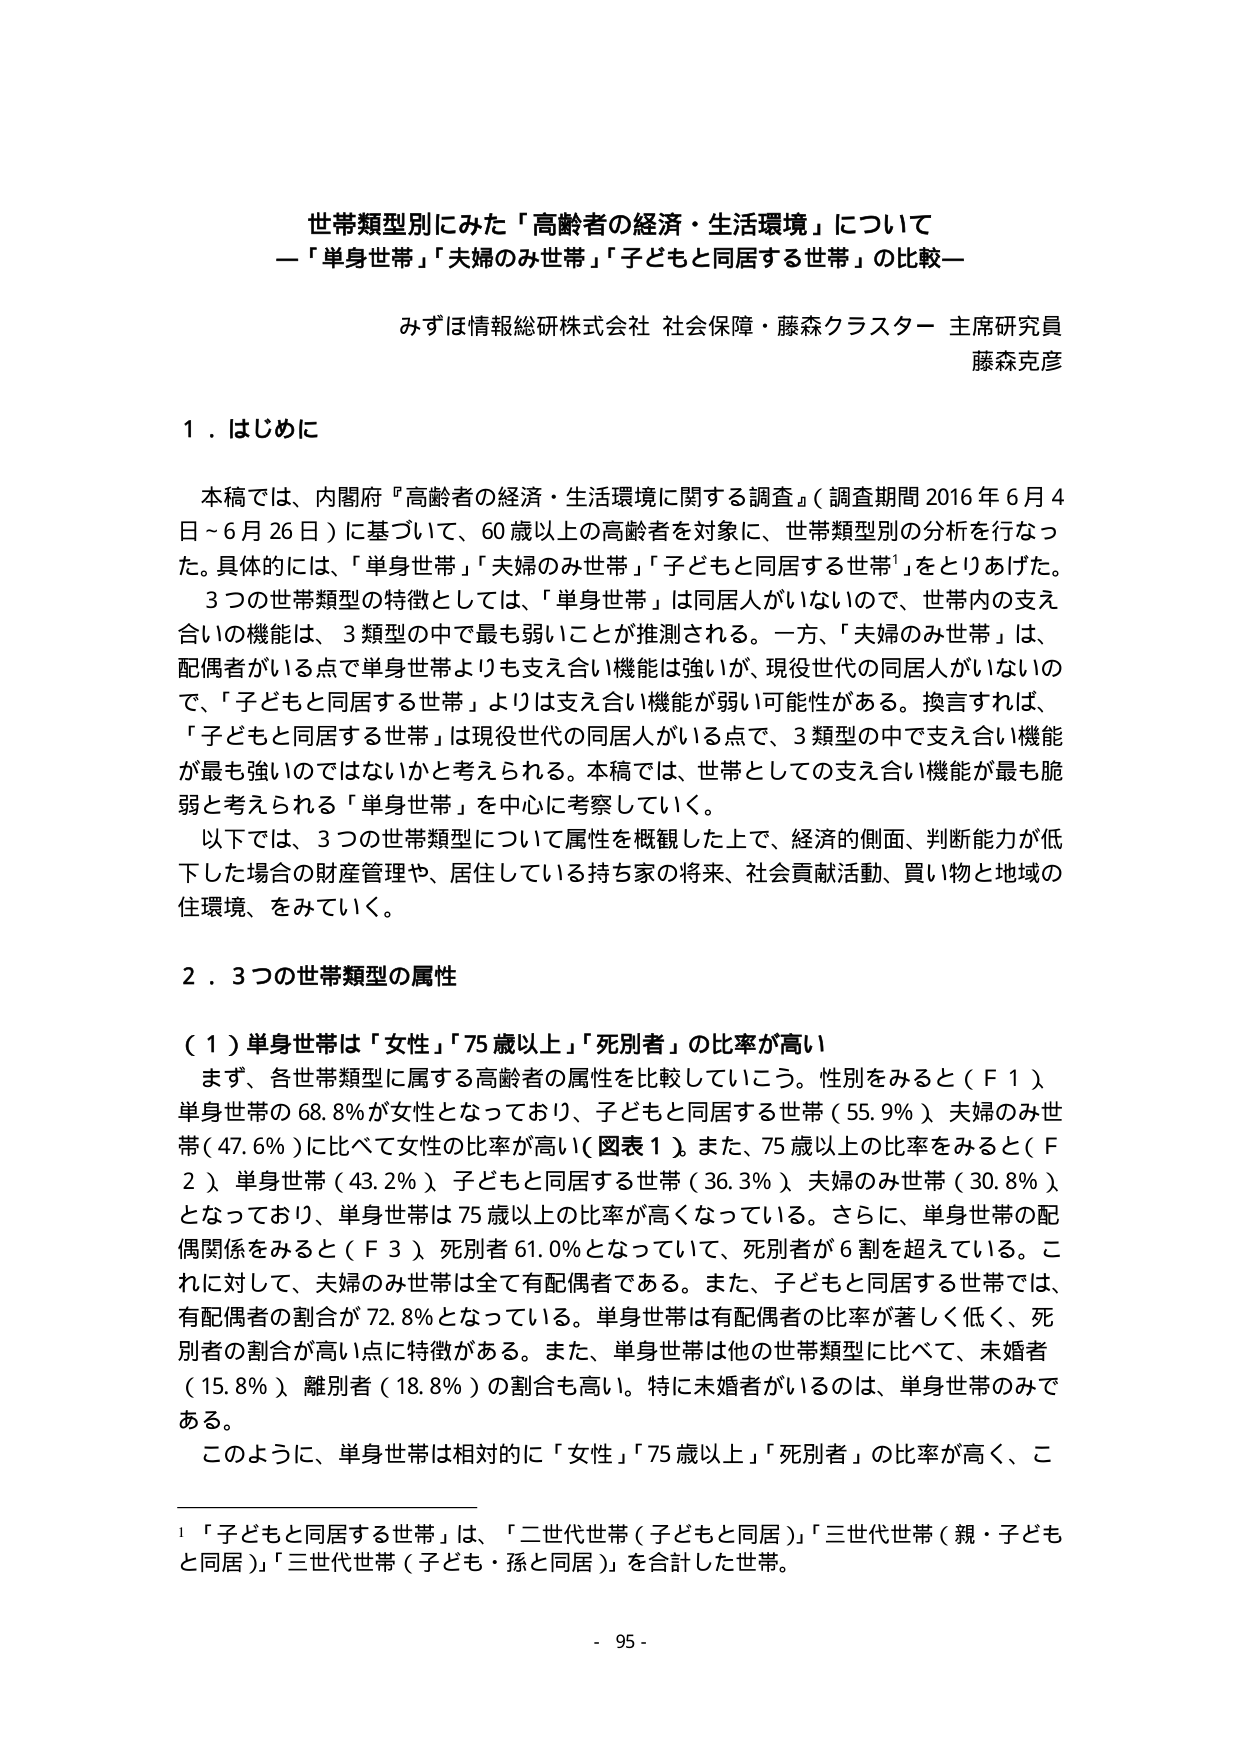
世帯類型別にみた「高齢者の経済・生活環境」について
―「単身世帯」「夫婦のみ世帯」「子どもと同居する世帯」の比較―

みずほ情報総研株式会社 社会保障・藤森クラスター 主席研究員
藤森克彦

１．はじめに

本稿では、内閣府『高齢者の経済・生活環境に関する調査』（調査期間 2016 年 6 月 4 日～6 月 26 日）に基づいて、60 歳以上の高齢者を対象に、世帯類型別の分析を行なった。具体的には、「単身世帯」「夫婦のみ世帯」「子どもと同居する世帯¹」をとりあげた。
3 つの世帯類型の特徴としては、「単身世帯」は同居人がいないので、世帯内の支え合いの機能は、3 類型の中で最も弱いことが推測される。一方、「夫婦のみ世帯」は、配偶者がいる点で単身世帯よりも支え合い機能は強いが、現役世代の同居人がいないので、「子どもと同居する世帯」よりは支え合い機能が弱い可能性がある。換言すれば、「子どもと同居する世帯」は現役世代の同居人がいる点で、3 類型の中で支え合い機能が最も強いのではないかと考えられる。本稿では、世帯としての支え合い機能が最も脆弱と考えられる「単身世帯」を中心に考察していく。
以下では、3 つの世帯類型について属性を概観した上で、経済的側面、判断能力が低下した場合の財産管理や、居住している持ち家の将来、社会貢献活動、買い物と地域の住環境、をみていく。

２．3 つの世帯類型の属性

（１）単身世帯は「女性」「75 歳以上」「死別者」の比率が高い
まず、各世帯類型に属する高齢者の属性を比較していこう。性別をみると（Ｆ１）単身世帯の 68.8％が女性となっており、子どもと同居する世帯（55.9％）、夫婦のみ世帯（47.6％）に比べて女性の比率が高い（図表 1）。また、75 歳以上の比率をみると（Ｆ２）、単身世帯（43.2％）、子どもと同居する世帯（36.3％）、夫婦のみ世帯（30.8％）となっており、単身世帯は 75 歳以上の比率が高くなっている。さらに、単身世帯の配偶関係をみると（Ｆ３）、死別者 61.0％となっていて、死別者が 6 割を超えている。これに対して、夫婦のみ世帯は全て有配偶者である。また、子どもと同居する世帯では、有配偶者の割合が 72.8％となっている。単身世帯は有配偶者の比率が著しく低く、死別者の割合が高い点に特徴がある。また、単身世帯は他の世帯類型に比べて、未婚者（15.8％）、離別者（18.8％）の割合も高い。特に未婚者がいるのは、単身世帯のみである。
このように、単身世帯は相対的に「女性」「75 歳以上」「死別者」の比率が高く、こ

¹「子どもと同居する世帯」は、「二世代世帯（子どもと同居）」「三世代世帯（親・子どもと同居）」「三世代世帯（子ども・孫と同居）」を合計した世帯。

- 95 -